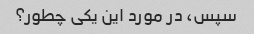
سپس، در مورد این یکی چطور؟